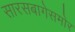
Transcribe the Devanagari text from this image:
सारसबागेसमोर